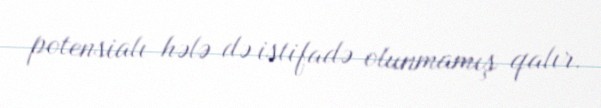
potensialı hələ də istifadə olunmamış qalır.